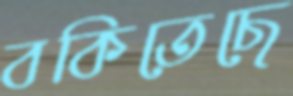
বকিতেছে